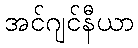
အင်ဂျင်နီယာ